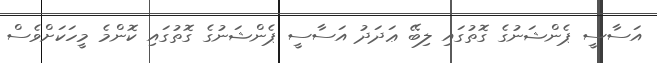
އަސާސީ ޕެންޝަނުގެ ގޮތުގައި ލިބޭ ޢަދަދު އަސާސީ ޕެންޝަނުގެ ގޮތުގައި ކޮންމެ މީހަކަށްވެސް